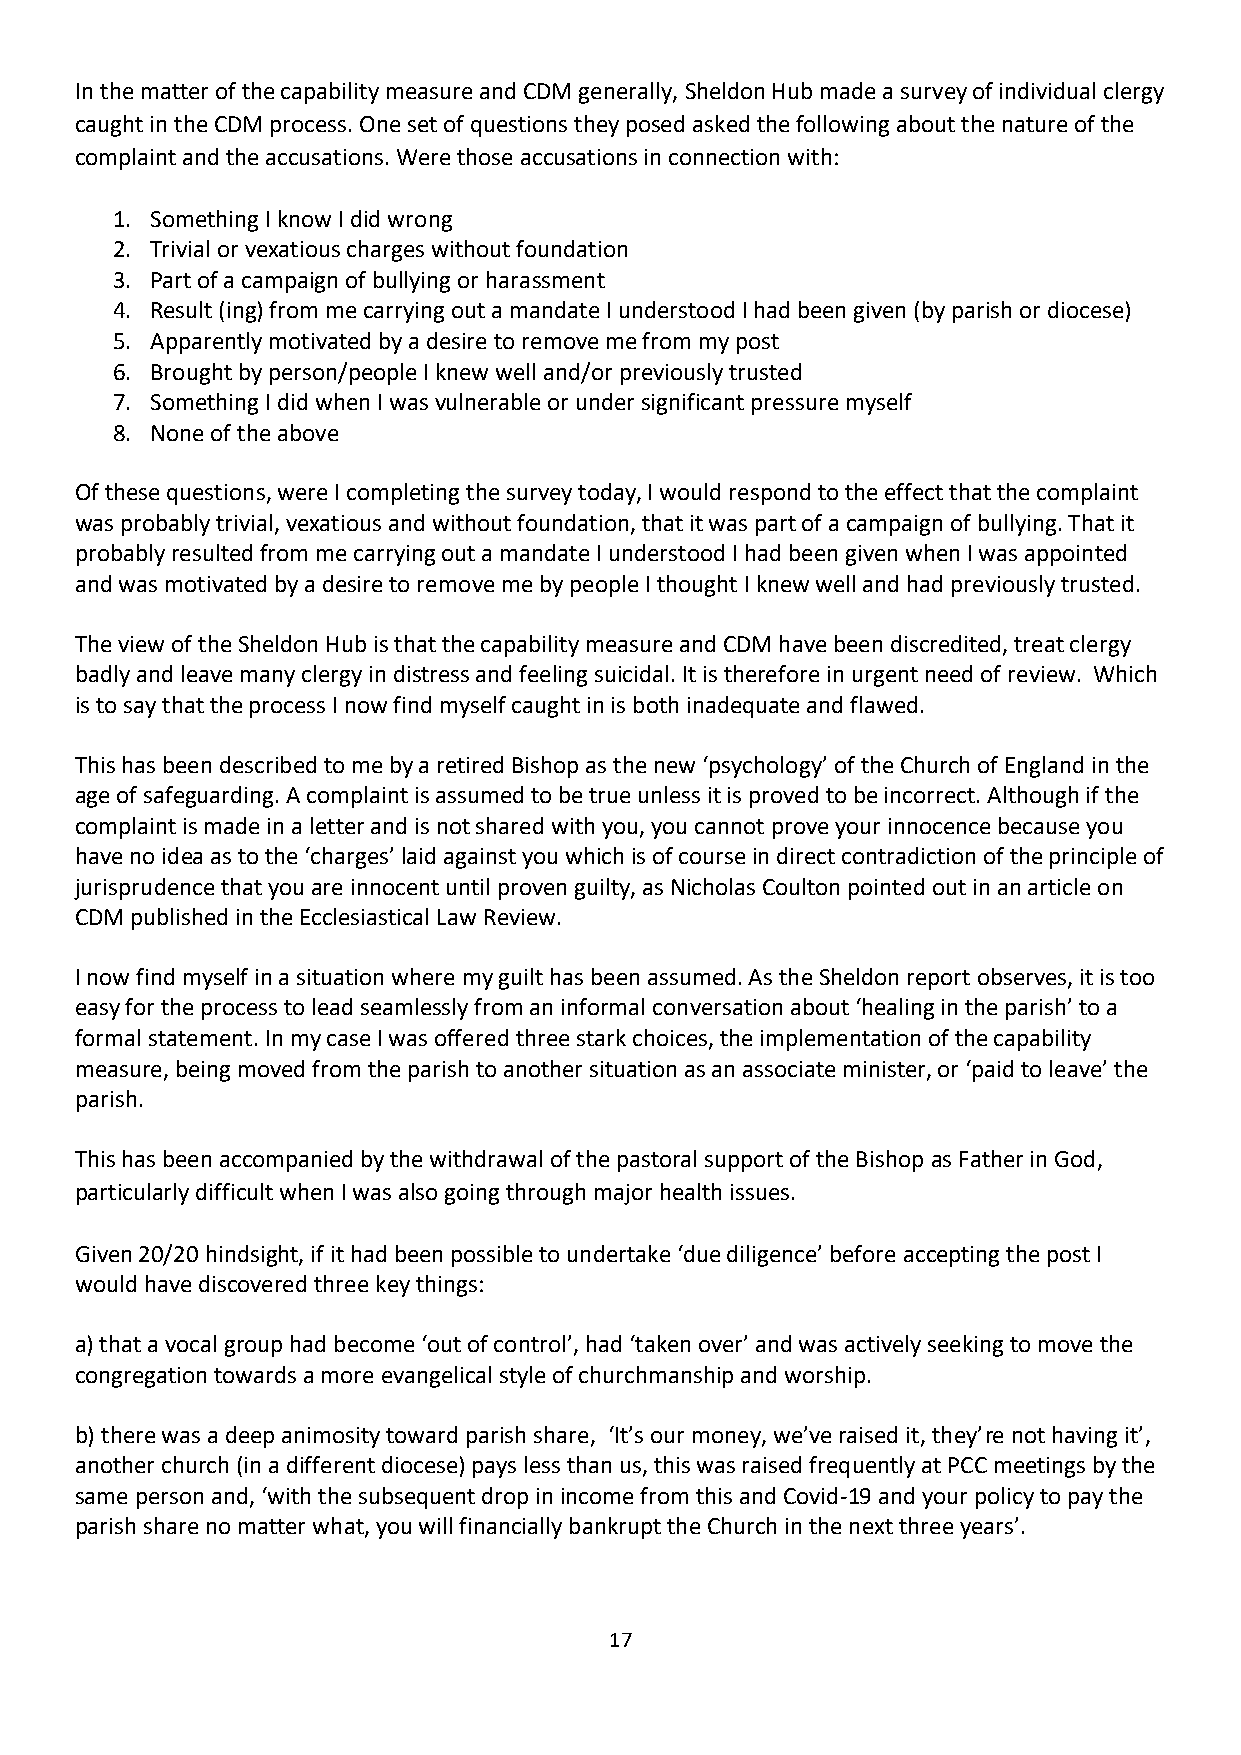
In the matter of the capability measure and CDM generally, Sheldon Hub made a survey of individual clergy
 caught in the CDM process. One set of questions they posed asked the following about the nature of the
 complaint and the accusations. Were those accusations in connection with:
 1. Something I know I did wrong
 2. Trivial or vexatious charges without foundation
 3. Part of a campaign of bullying or harassment
 4. Result (ing) from me carrying out a mandate I understood I had been given (by parish or diocese)
 5. Apparently motivated by a desire to remove me from my post
 6. Brought by person/people I knew well and/or previously trusted
 7. Something I did when I was vulnerable or under significant pressure myself
 8. None of the above
 Of these questions, were I completing the survey today, I would respond to the effect that the complaint
 was probably trivial, vexatious and without foundation, that it was part of a campaign of bullying. That it
 probably resulted from me carrying out a mandate I understood I had been given when I was appointed
 and was motivated by a desire to remove me by people I thought I knew well and had previously trusted.
 The view of the Sheldon Hub is that the capability measure and CDM have been discredited, treat clergy
 badly and leave many clergy in distress and feeling suicidal. It is therefore in urgent need of review. Which
 is to say that the process I now find myself caught in is both inadequate and flawed.
 This has been described to me by a retired Bishop as the new ‘psychology’ of the Church of England in the
 age of safeguarding. A complaint is assumed to be true unless it is proved to be incorrect. Although if the
 complaint is made in a letter and is not shared with you, you cannot prove your innocence because you
 have no idea as to the ‘charges’ laid against you which is of course in direct contradiction of the principle of
 jurisprudence that you are innocent until proven guilty, as Nicholas Coulton pointed out in an article on
 CDM published in the Ecclesiastical Law Review.
 I now find myself in a situation where my guilt has been assumed. As the Sheldon report observes, it is too
 easy for the process to lead seamlessly from an informal conversation about ‘healing in the parish’ to a
 formal statement. In my case I was offered three stark choices, the implementation of the capability
 measure, being moved from the parish to another situation as an associate minister, or ‘paid to leave’ the
 parish.
 This has been accompanied by the withdrawal of the pastoral support of the Bishop as Father in God,
 particularly difficult when I was also going through major health issues.
 Given 20/20 hindsight, if it had been possible to undertake ‘due diligence’ before accepting the post I
 would have discovered three key things:
 a) that a vocal group had become ‘out of control’, had ‘taken over’ and was actively seeking to move the
 congregation towards a more evangelical style of churchmanship and worship.
 b) there was a deep animosity toward parish share, ‘It’s our money, we’ve raised it, they’re not having it’,
 another church (in a different diocese) pays less than us, this was raised frequently at PCC meetings by the
 same person and, ‘with the subsequent drop in income from this and Covid-19 and your policy to pay the
 parish share no matter what, you will financially bankrupt the Church in the next three years’.
 17